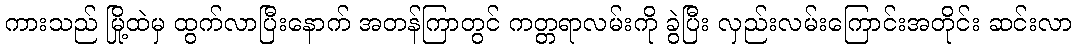
ကားသည် မြို့ထဲမှ ထွက်လာပြီးနောက် အတန်ကြာတွင် ကတ္တရာလမ်းကို ခွဲပြီး လှည်းလမ်းကြောင်းအတိုင်း ဆင်းလာ